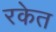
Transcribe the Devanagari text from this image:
रकेत